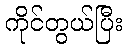
ကိုင်တွယ်ပြီး